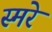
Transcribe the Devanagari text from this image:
स्मरे